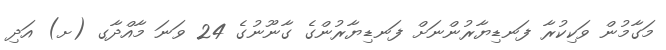
މަގާމުން ވަކިކުރާ ފަނޑިޔާރުންނަށް ފަނޑިޔާރުންގެ ގާނޫނުގެ 24 ވަނަ މާއްދާގ (ށ) އަދި